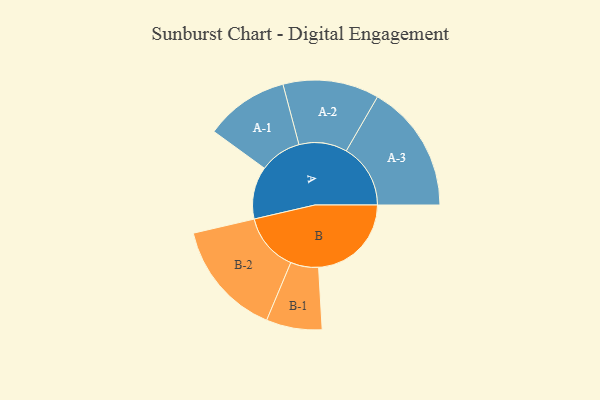
{"axis": {"x": "Segment", "y": "Value"}, "legend": ["", "A", "B"], "data": [{"x": "A", "y": 237, "type": ""}, {"x": "B", "y": 419, "type": ""}, {"x": "A-1", "y": 189, "type": "A"}, {"x": "A-2", "y": 217, "type": "A"}, {"x": "A-3", "y": 290, "type": "A"}, {"x": "B-1", "y": 126, "type": "B"}, {"x": "B-2", "y": 262, "type": "B"}]}